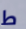
ط